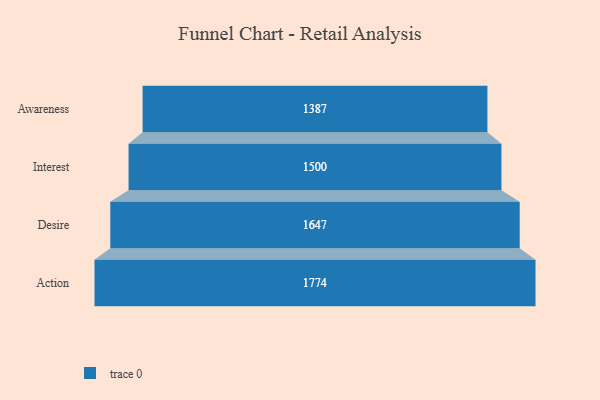
{"axis": {"x": "Stage", "y": "Value"}, "legend": [""], "data": [{"x": "Awareness", "y": 1387.0, "type": ""}, {"x": "Interest", "y": 1500.0, "type": ""}, {"x": "Desire", "y": 1647.0, "type": ""}, {"x": "Action", "y": 1774.0, "type": ""}]}